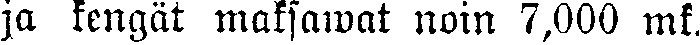
ja kengät maksawat noin 7,000 mk.